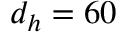
d _ { h } = 6 0